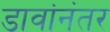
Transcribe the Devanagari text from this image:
डावांनंतर